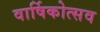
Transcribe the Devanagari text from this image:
वार्षिकोत्‍सव